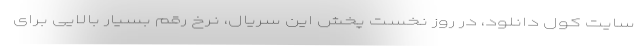
سایت کول دانلود، در روز نخست پخش این سریال، نرخ رقم بسیار بالایی برای